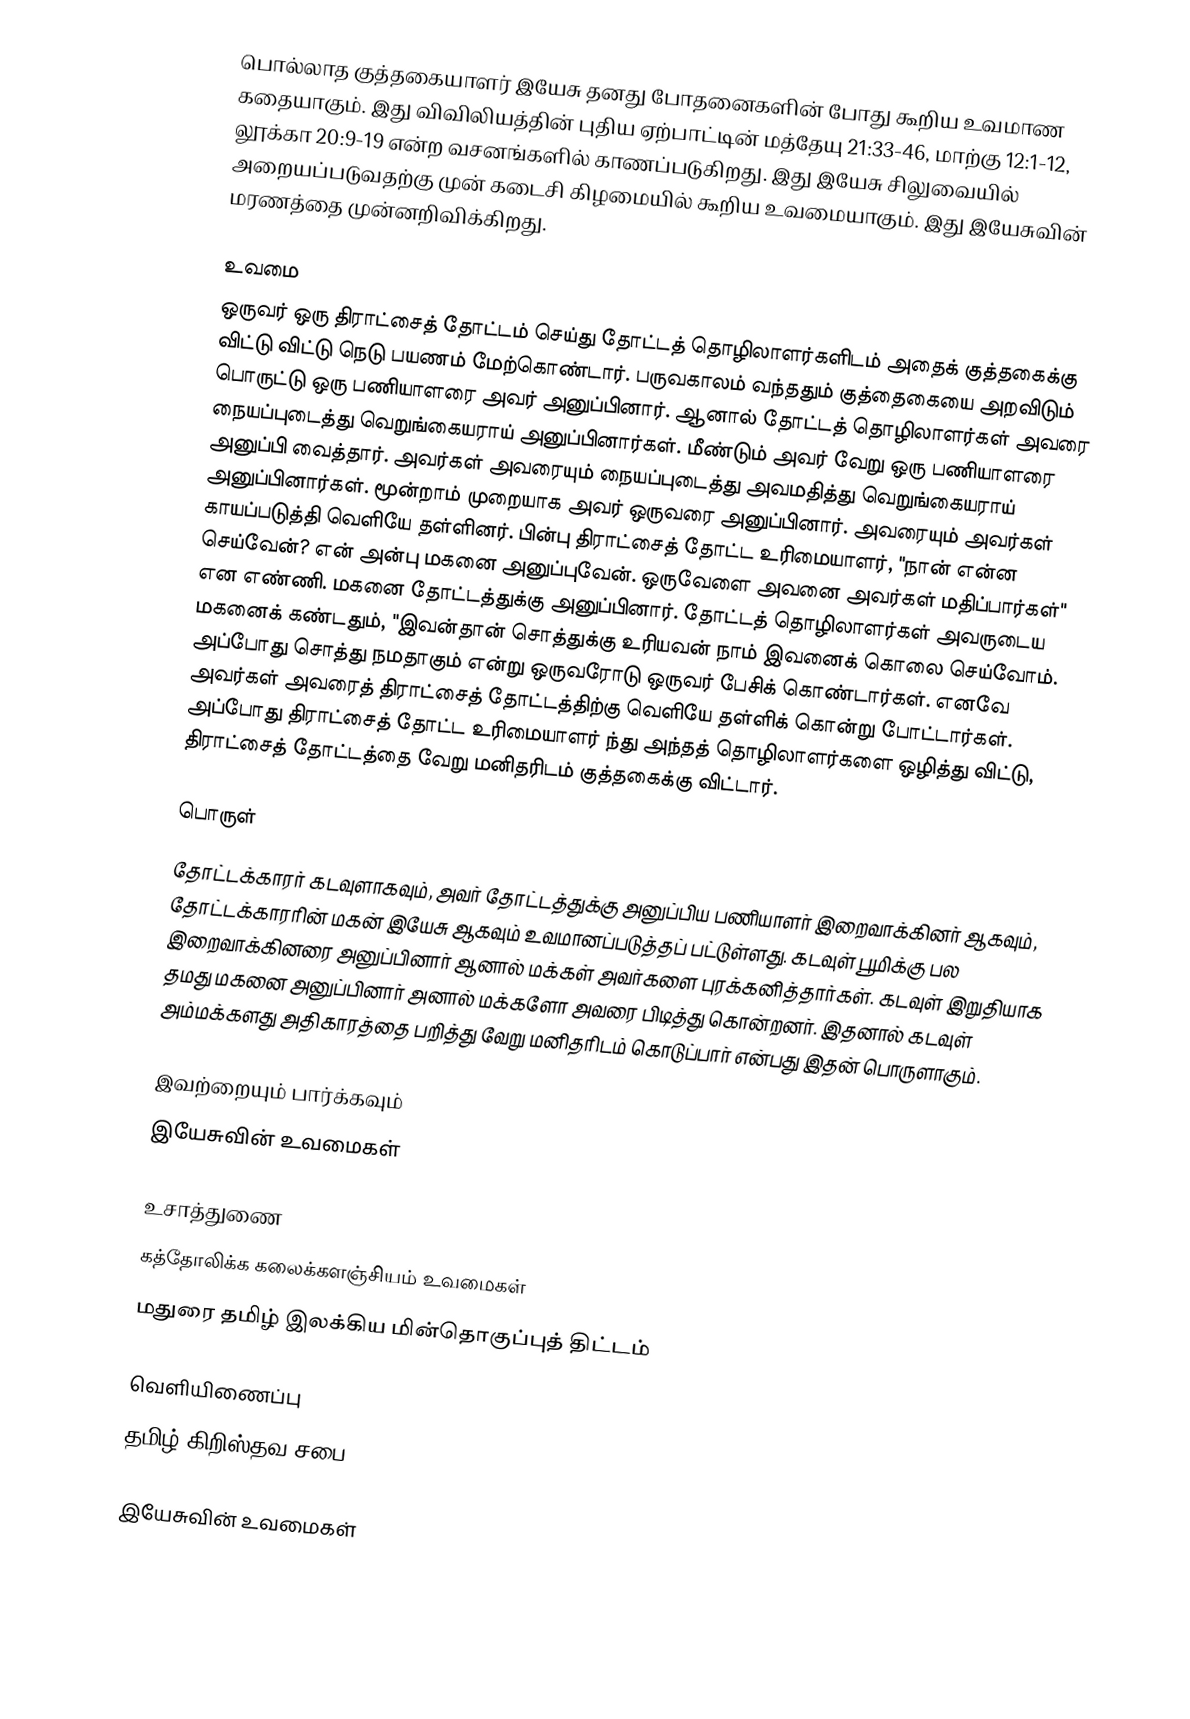
பொல்லாத குத்தகையாளர் இயேசு தனது போதனைகளின் போது கூறிய உவமாண கதையாகும். இது விவிலியத்தின் புதிய ஏற்பாட்டின் மத்தேயு 21:33-46, மாற்கு 12:1-12, லூக்கா 20:9-19   என்ற வசனங்களில் காணப்படுகிறது. இது இயேசு சிலுவையில் அறையப்படுவதற்கு முன் கடைசி கிழமையில் கூறிய உவமையாகும். இது இயேசுவின் மரணத்தை முன்னறிவிக்கிறது.

உவமை
ஒருவர் ஒரு திராட்சைத் தோட்டம் செய்து தோட்டத் தொழிலாளர்களிடம் அதைக் குத்தகைக்கு விட்டு விட்டு நெடு பயணம் மேற்கொண்டார். பருவகாலம் வந்ததும் குத்தைகையை அறவிடும் பொருட்டு ஒரு பணியாளரை அவர் அனுப்பினார். ஆனால் தோட்டத் தொழிலாளர்கள் அவரை நையப்புடைத்து வெறுங்கையராய் அனுப்பினார்கள். மீண்டும் அவர் வேறு ஒரு பணியாளரை அனுப்பி வைத்தார். அவர்கள் அவரையும் நையப்புடைத்து அவமதித்து வெறுங்கையராய் அனுப்பினார்கள். மூன்றாம் முறையாக அவர் ஒருவரை அனுப்பினார். அவரையும் அவர்கள் காயப்படுத்தி வெளியே தள்ளினர். பின்பு திராட்சைத் தோட்ட உரிமையாளர், "நான் என்ன செய்வேன்? என் அன்பு மகனை அனுப்புவேன். ஒருவேளை அவனை அவர்கள் மதிப்பார்கள்" என எண்ணி. மகனை தோட்டத்துக்கு அனுப்பினார். தோட்டத் தொழிலாளர்கள் அவருடைய மகனைக் கண்டதும், "இவன்தான் சொத்துக்கு உரியவன் நாம் இவனைக் கொலை செய்வோம். அப்போது சொத்து நமதாகும் என்று ஒருவரோடு ஒருவர் பேசிக் கொண்டார்கள். எனவே அவர்கள் அவரைத் திராட்சைத் தோட்டத்திற்கு வெளியே தள்ளிக் கொன்று போட்டார்கள். அப்போது திராட்சைத் தோட்ட உரிமையாளர் ந்து அந்தத் தொழிலாளர்களை ஒழித்து விட்டு, திராட்சைத் தோட்டத்தை வேறு மனிதரிடம் குத்தகைக்கு விட்டார்.

பொருள்
தோட்டக்காரர் கடவுளாகவும், அவர் தோட்டத்துக்கு அனுப்பிய பணியாளர் இறைவாக்கினர் ஆகவும், தோட்டக்காரரின் மகன் இயேசு ஆகவும் உவமானப்படுத்தப் பட்டுள்ளது. கடவுள் பூமிக்கு பல இறைவாக்கினரை அனுப்பினார் ஆனால் மக்கள் அவர்களை புரக்கனித்தார்கள். கடவுள் இறுதியாக தமது மகனை அனுப்பினார் அனால் மக்களோ அவரை பிடித்து கொன்றனர். இதனால் கடவுள் அம்மக்களது அதிகாரத்தை பறித்து வேறு மனிதரிடம் கொடுப்பார் என்பது இதன் பொருளாகும்.

இவற்றையும் பார்க்கவும்
 இயேசுவின் உவமைகள்

உசாத்துணை
கத்தோலிக்க கலைக்களஞ்சியம் உவமைகள்
மதுரை தமிழ் இலக்கிய மின்தொகுப்புத் திட்டம்

வெளியிணைப்பு
 தமிழ் கிறிஸ்தவ சபை

இயேசுவின் உவமைகள்